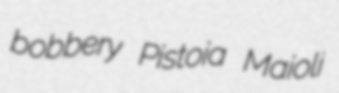
bobbery Pistoia Maioli